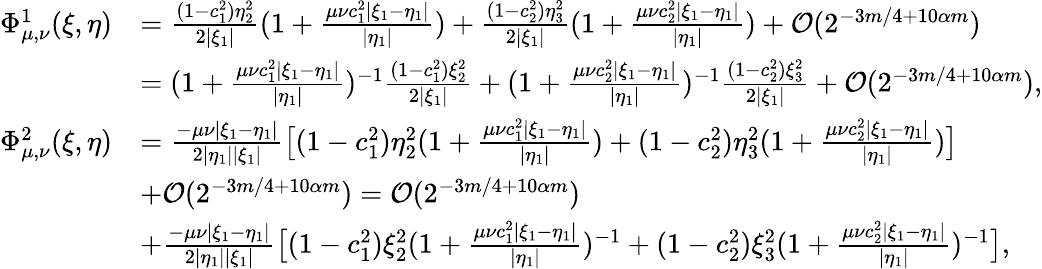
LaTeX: \begin{array}{rl}{\Phi_{\mu,\nu}^{1}(\xi,\eta)}&{=\frac{(1-c_{1}^{2})\eta_{2}^{2}}{2|\xi_{1}|}(1+\frac{\mu\nu c_{1}^{2}|\xi_{1}-\eta_{1}|}{|\eta_{1}|})+\frac{(1-c_{2}^{2})\eta_{3}^{2}}{2|\xi_{1}|}(1+\frac{\mu\nu c_{2}^{2}|\xi_{1}-\eta_{1}|}{|\eta_{1}|})+\mathcal{O}(2^{-3m/4+10\alpha m})}\\ &{=(1+\frac{\mu\nu c_{1}^{2}|\xi_{1}-\eta_{1}|}{|\eta_{1}|})^{-1}\frac{(1-c_{1}^{2})\xi_{2}^{2}}{2|\xi_{1}|}+(1+\frac{\mu\nu c_{2}^{2}|\xi_{1}-\eta_{1}|}{|\eta_{1}|})^{-1}\frac{(1-c_{2}^{2})\xi_{3}^{2}}{2|\xi_{1}|}+\mathcal{O}(2^{-3m/4+10\alpha m}),}\\ {\Phi_{\mu,\nu}^{2}(\xi,\eta)}&{=\frac{-\mu\nu|\xi_{1}-\eta_{1}|}{2|\eta_{1}||\xi_{1}|}\big[(1-c_{1}^{2})\eta_{2}^{2}(1+\frac{\mu\nu c_{1}^{2}|\xi_{1}-\eta_{1}|}{|\eta_{1}|})+(1-c_{2}^{2})\eta_{3}^{2}(1+\frac{\mu\nu c_{2}^{2}|\xi_{1}-\eta_{1}|}{|\eta_{1}|})\big]}\\ &{+\mathcal{O}(2^{-3m/4+10\alpha m})=\mathcal{O}(2^{-3m/4+10\alpha m})}\\ &{+\frac{-\mu\nu|\xi_{1}-\eta_{1}|}{2|\eta_{1}||\xi_{1}|}\big[(1-c_{1}^{2})\xi_{2}^{2}(1+\frac{\mu\nu c_{1}^{2}|\xi_{1}-\eta_{1}|}{|\eta_{1}|})^{-1}+(1-c_{2}^{2})\xi_{3}^{2}(1+\frac{\mu\nu c_{2}^{2}|\xi_{1}-\eta_{1}|}{|\eta_{1}|})^{-1}\big],}\end{array}